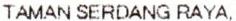
TAMAN SERDANG RAYA,